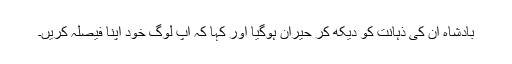
بادشاہ اُن کی ذہانت کو دیکھ کر حیران ہوگیا اور کہا کہ آپ لوگ خود اپنا فیصلہ کریں۔